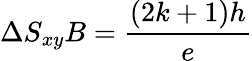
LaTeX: \Delta S_{xy}B=\frac{(2k+1)h}{e}